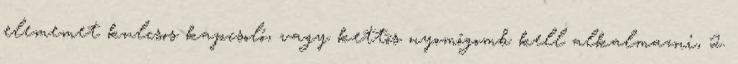
elememet kulcsos kapcsoló, vagy kettõs nyomógomb kell alkalmazni, 2.